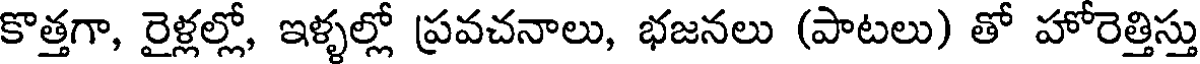
కొత్తగా, రైళ్లల్లో, ఇళ్ళల్లో ప్రవచనాలు, భజనలు (పాటలు) తో హోరెత్తిస్తు